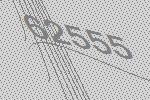
62555